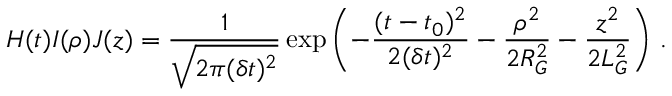
H ( t ) I ( \rho ) J ( z ) = \frac { 1 } { \sqrt { 2 \pi ( \delta t ) ^ { 2 } } } \exp \left( - \frac { ( t - t _ { 0 } ) ^ { 2 } } { 2 ( \delta t ) ^ { 2 } } - \frac { \rho ^ { 2 } } { 2 R _ { G } ^ { 2 } } - \frac { z ^ { 2 } } { 2 L _ { G } ^ { 2 } } \right) \, .